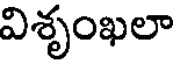
విశృంఖలా